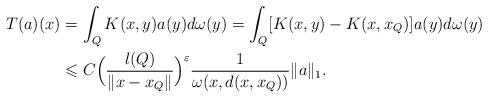
LaTeX: \begin{align*}T(a)(x)&=\int_Q K(x,y)a(y)d\omega(y)=\int_Q [K(x,y)-K(x,x_Q)]a(y)d\omega(y)\\&\leqslant C\Big(\frac{\l(Q)}{\|x-x_Q\|}\Big)^\varepsilon \frac{1}{\omega(x, d(x,x_Q))}\|a\|_1.\end{align*}